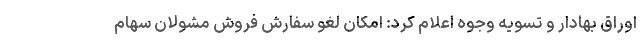
اوراق بهادار و تسویه وجوه اعلام کرد: امکان لغو سفارش فروش مشولان سهام